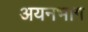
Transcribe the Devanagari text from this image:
अयनभाग